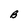
Character: B